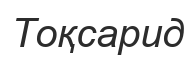
Тоқсарид